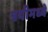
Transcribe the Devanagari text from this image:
त्रयीमध्ये